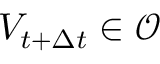
V _ { t + \Delta { t } } \in \mathcal { O }